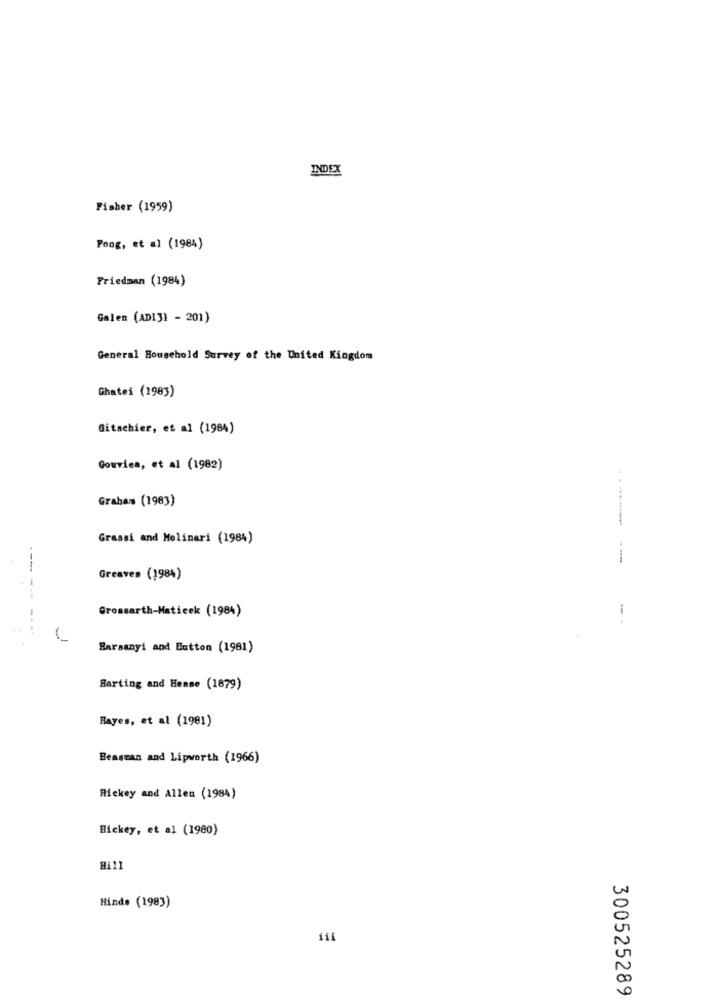
INDEX
Fisher (1959)
Pong, et al (1984)
Friedman (1984)
Galen (AD13) - 201)
General Household Survey of the United Kingdom
Chatei (1983)
Gitschier, et al (1984)
Gouvics, et Al (1982)
Graham (1983)
Grassi and Molinari (1984)
--
Greaves (1984)
Gromsarth-Maticek (1984)
-
Barsanyi and Button (1981)
Harting and Hease (1879)
Bayes, et al (1981)
Beastan and Lipworth (1966)
Rickey and Allen (1984)
Bickey, et al (1980)
Hill
Hinde (1983)
11i
300525289